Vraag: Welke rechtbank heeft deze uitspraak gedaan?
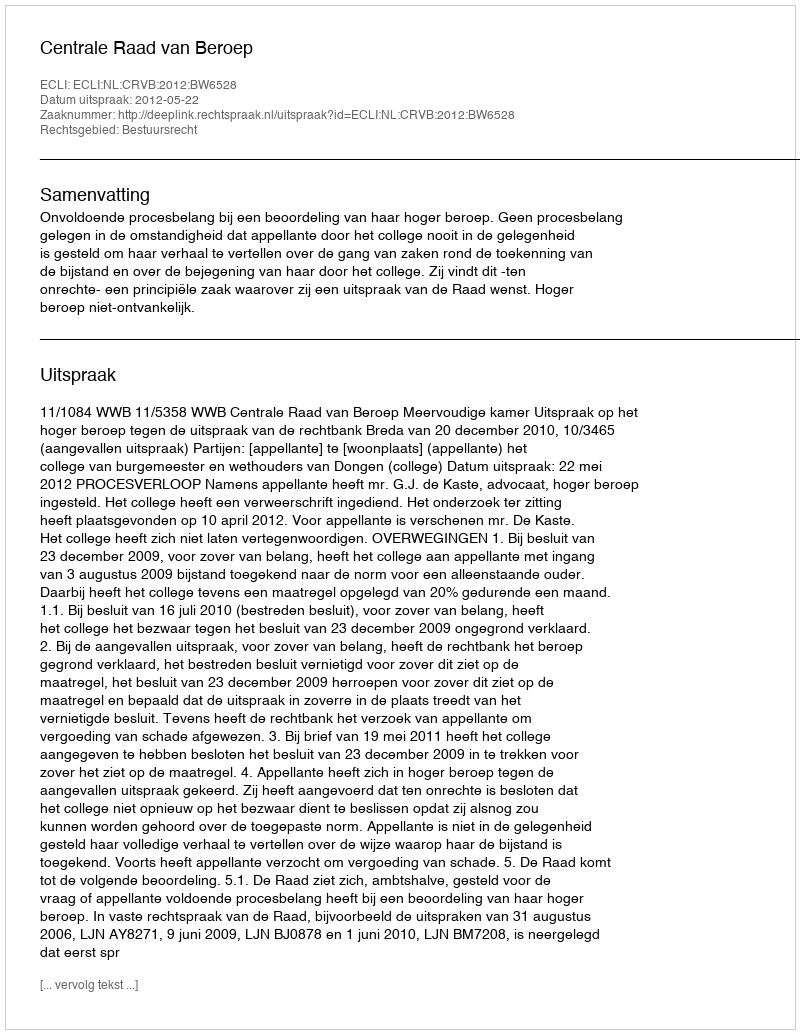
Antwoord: Centrale Raad van Beroep